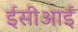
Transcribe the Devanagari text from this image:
ईसीआई